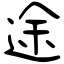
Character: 途